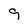
Character: 9